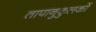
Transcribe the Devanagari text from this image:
तापानुकुलकों